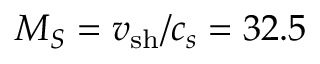
M _ { S } = v _ { \mathrm { s h } } / c _ { s } = 3 2 . 5